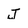
Character: J